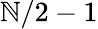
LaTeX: \mathbb{N}/2-1